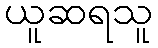
ယူဆရသူ